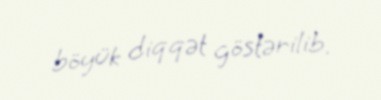
böyük diqqət göstərilib.